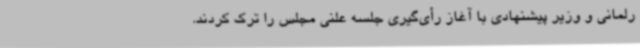
رلمانی و وزیر پیشنهادی با آغاز رأی‌گیری جلسه علنی مجلس را ترک کردند.